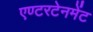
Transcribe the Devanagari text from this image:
एण्टरटेनमेंट